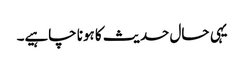
یہی حال حدیث کا ہونا چاہیے۔